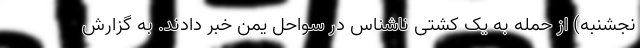
نجشنبه) از حمله به یک کشتی ناشناس در سواحل یمن خبر دادند. به گزارش